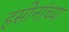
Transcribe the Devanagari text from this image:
हसीनांच्या